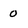
Character: 0